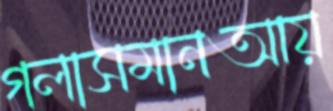
গলাসমানআয়